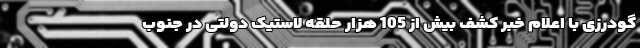
گودرزی با اعلام خبر کشف بیش از 105 هزار حلقه لاستیک دولتی در جنوب